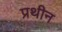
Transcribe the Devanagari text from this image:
प्रथीन